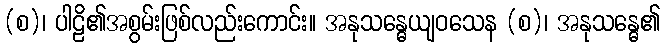
(စ)၊ ပါဠိ၏အစွမ်းဖြစ်လည်းကောင်း။ အနုသန္ဓေယျဝသေန (စ)၊ အနုသန္ဓေ၏